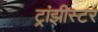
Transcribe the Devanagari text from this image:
ट्रांझीस्टर